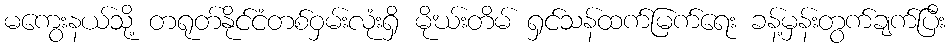
မကွေးနယ်သို့ တရုတ်နိုင်ငံတစ်ဝှမ်းလုံးရှိ မိုဃ်းတိမ် ရှင်သန်ထက်မြက်ရေး ခန့်မှန်းတွက်ချက်ပြီး